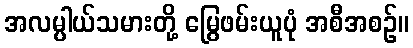
အလမ္ပါယ်သမားတို့ မြွေဖမ်းယူပုံ အစီအစဉ်။